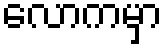
လောကမှာ